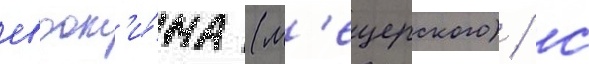
евдок'и́ма (м'ещерского) / с